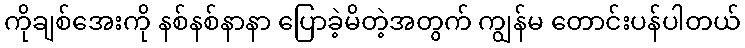
ကိုချစ်အေးကို နစ်နစ်နာနာ ပြောခဲ့မိတဲ့အတွက် ကျွန်မ တောင်းပန်ပါတယ်